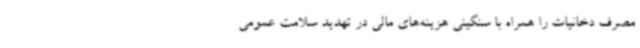
مصرف دخانیات را همراه با سنگینی هزینه‌های مالی در تهدید سلامت عمومی